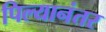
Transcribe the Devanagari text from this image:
पिल्यानंतर